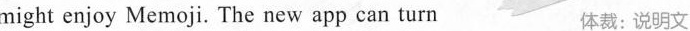
might enjoy Memoji. The new app can turn 体裁：说明文